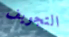
التجويف